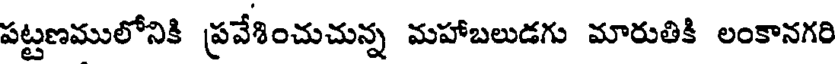
పట్టణములోనికి ప్రవేశించుచున్న మహాబలుడగు మారుతికి లంకానగరి